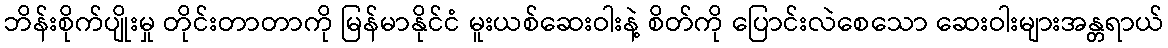
ဘိန်းစိုက်ပျိုးမှု တိုင်းတာတာကို မြန်မာနိုင်ငံ မူးယစ်ဆေးဝါးနဲ့ စိတ်ကို ပြောင်းလဲစေသော ဆေးဝါးများအန္တရာယ်